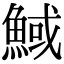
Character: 䱛